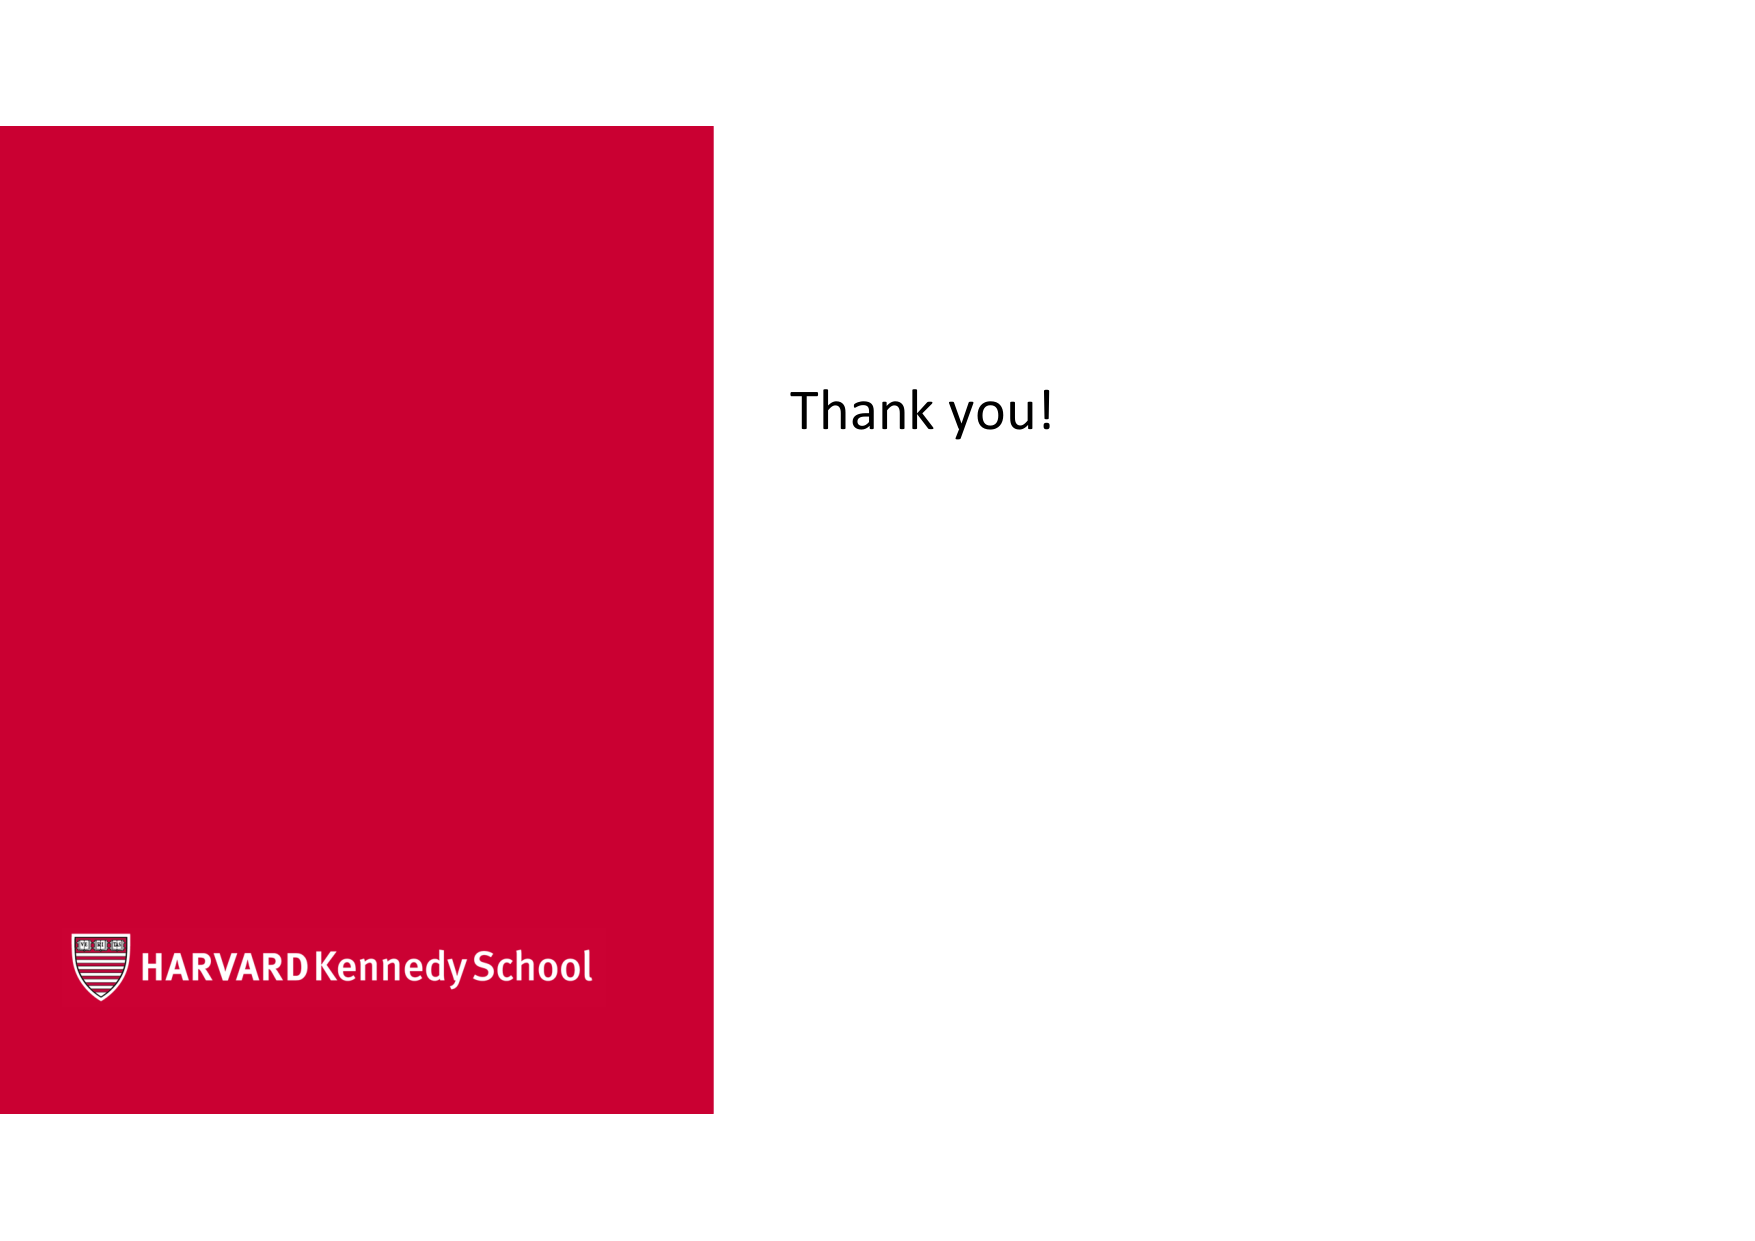
Thank you!

HARVARD Kennedy School